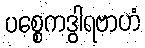
ပစ္စေကဒွါရဗာဟံ